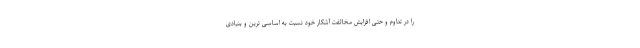
را در تداوم و حتی افزایش مخالفت آشکار خود نسبت به اساسی ترین و بنیادی